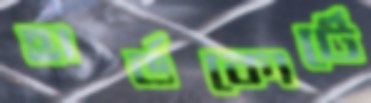
হার্ডকোর্টে